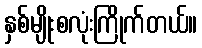
နှစ်မျိုးစလုံးကြိုက်တယ်။